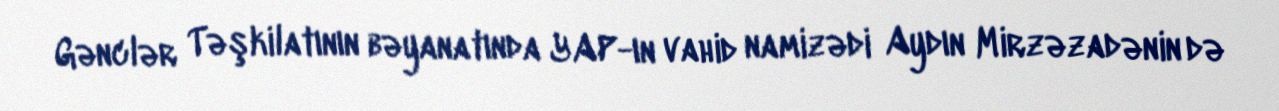
Gənclər Təşkilatının bəyanatında YAP-ın vahid namizədi Aydın Mirzəzadənin də